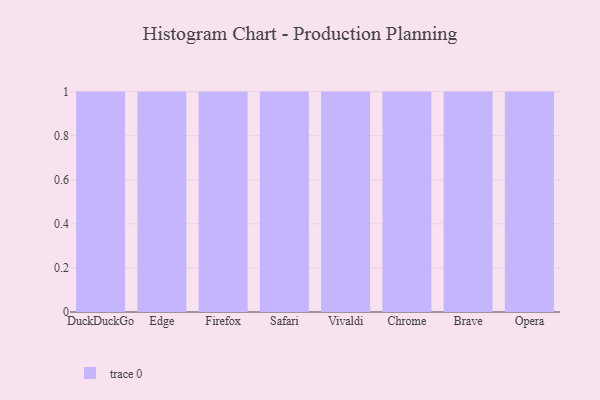
{"axis": {"x": "Browser", "y": "Production Output"}, "legend": [""], "data": [{"x": "DuckDuckGo", "y": 75, "type": ""}, {"x": "Edge", "y": 72, "type": ""}, {"x": "Firefox", "y": 4, "type": ""}, {"x": "Safari", "y": 86, "type": ""}, {"x": "Vivaldi", "y": 19, "type": ""}, {"x": "Chrome", "y": 69, "type": ""}, {"x": "Brave", "y": 72, "type": ""}, {"x": "Opera", "y": 92, "type": ""}]}